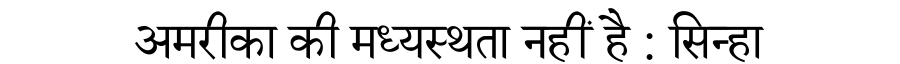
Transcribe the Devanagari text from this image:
अमरीका की मध्यस्थता नहीं है : सिन्हा